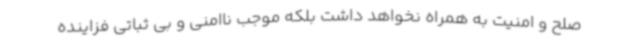
صلح و امنیت به همراه نخواهد داشت بلکه موجب ناامنی و بی ثباتی فزاینده